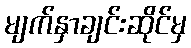
မျက်နှာချင်းဆိုင်မှ